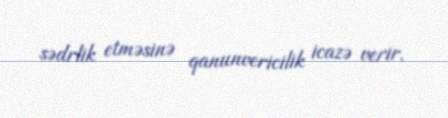
sədrlik etməsinə qanunvericilik icazə verir.